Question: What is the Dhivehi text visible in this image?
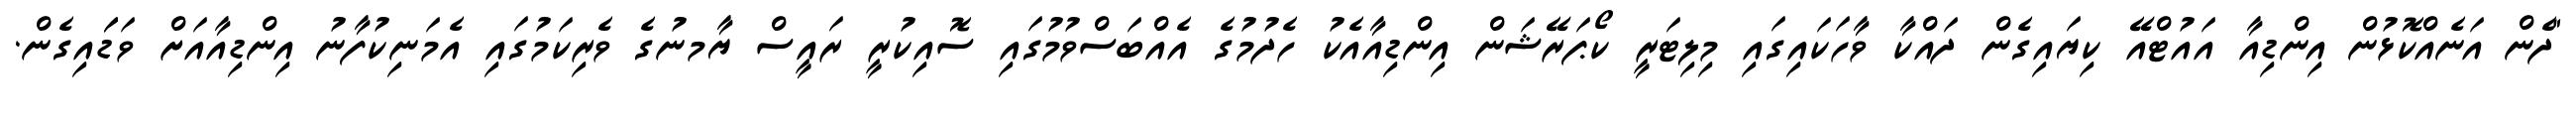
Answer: "ދެން އަނެއްކޮޅުން އިންޑިއާ އައުޓްއޭ ކިޔައިގެން ދައްކާ ވާހަކައިގައި މިލިޓަރީ ކޯޕަރޭޝަން އިންޑިއާއެކު ހެދުމުގެ އެއްބަސްވުމުގައި ސޮއިކުރީ ރައީސް ޔާމނުގެ ވެރިކަމުގައި އެމަނިކުފާނު އިންޑިއާއަށް ވަޑަައިގެން.